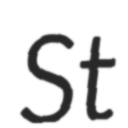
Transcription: St